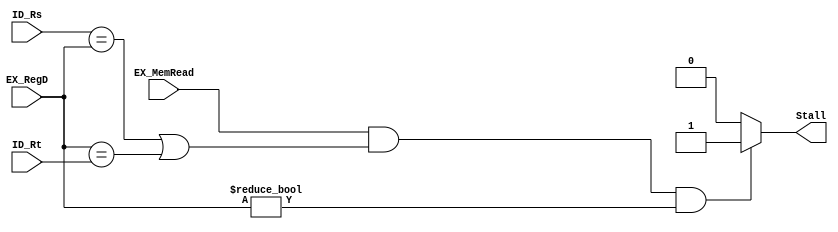
/*
    Hazard detection unit
    Stall when the operand is being read from memory
*/
module HDU(
    input EX_MemRead,
    input [4:0] EX_RegD,
    input [4:0] ID_Rs,
    input [4:0] ID_Rt,
    output reg Stall
);

always @*
begin
    if(EX_MemRead && (ID_Rs == EX_RegD || EX_RegD == ID_Rt) && EX_RegD != 0)
        Stall = 1;
    else
        Stall = 0;
end

endmodule